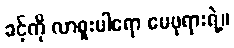
ခင့်ကို လာစူးပါရော မေဖုရားရဲ့။